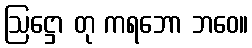
ဩဋ္ဌော တု ကရဘော ဘဝေ။